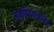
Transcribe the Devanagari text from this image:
लोकप्रियताअर्जित